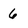
Character: 6